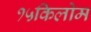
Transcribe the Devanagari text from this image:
१५किलोम